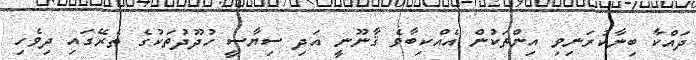
ދައްކާ ބިނާކުރަނިވި އިންތަކުން އެއްކިބާވެ ޤާނޫނީ އަދި ސިޔާސީ ހުދޫދުތަކުގެ ތެރޭގައި ދިވެހި